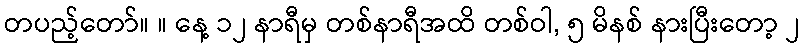
တပည့်တော်။ ။ နေ့ ၁၂ နာရီမှ တစ်နာရီအထိ တစ်ဝါ, ၅ မိနစ် နားပြီးတော့ ၂